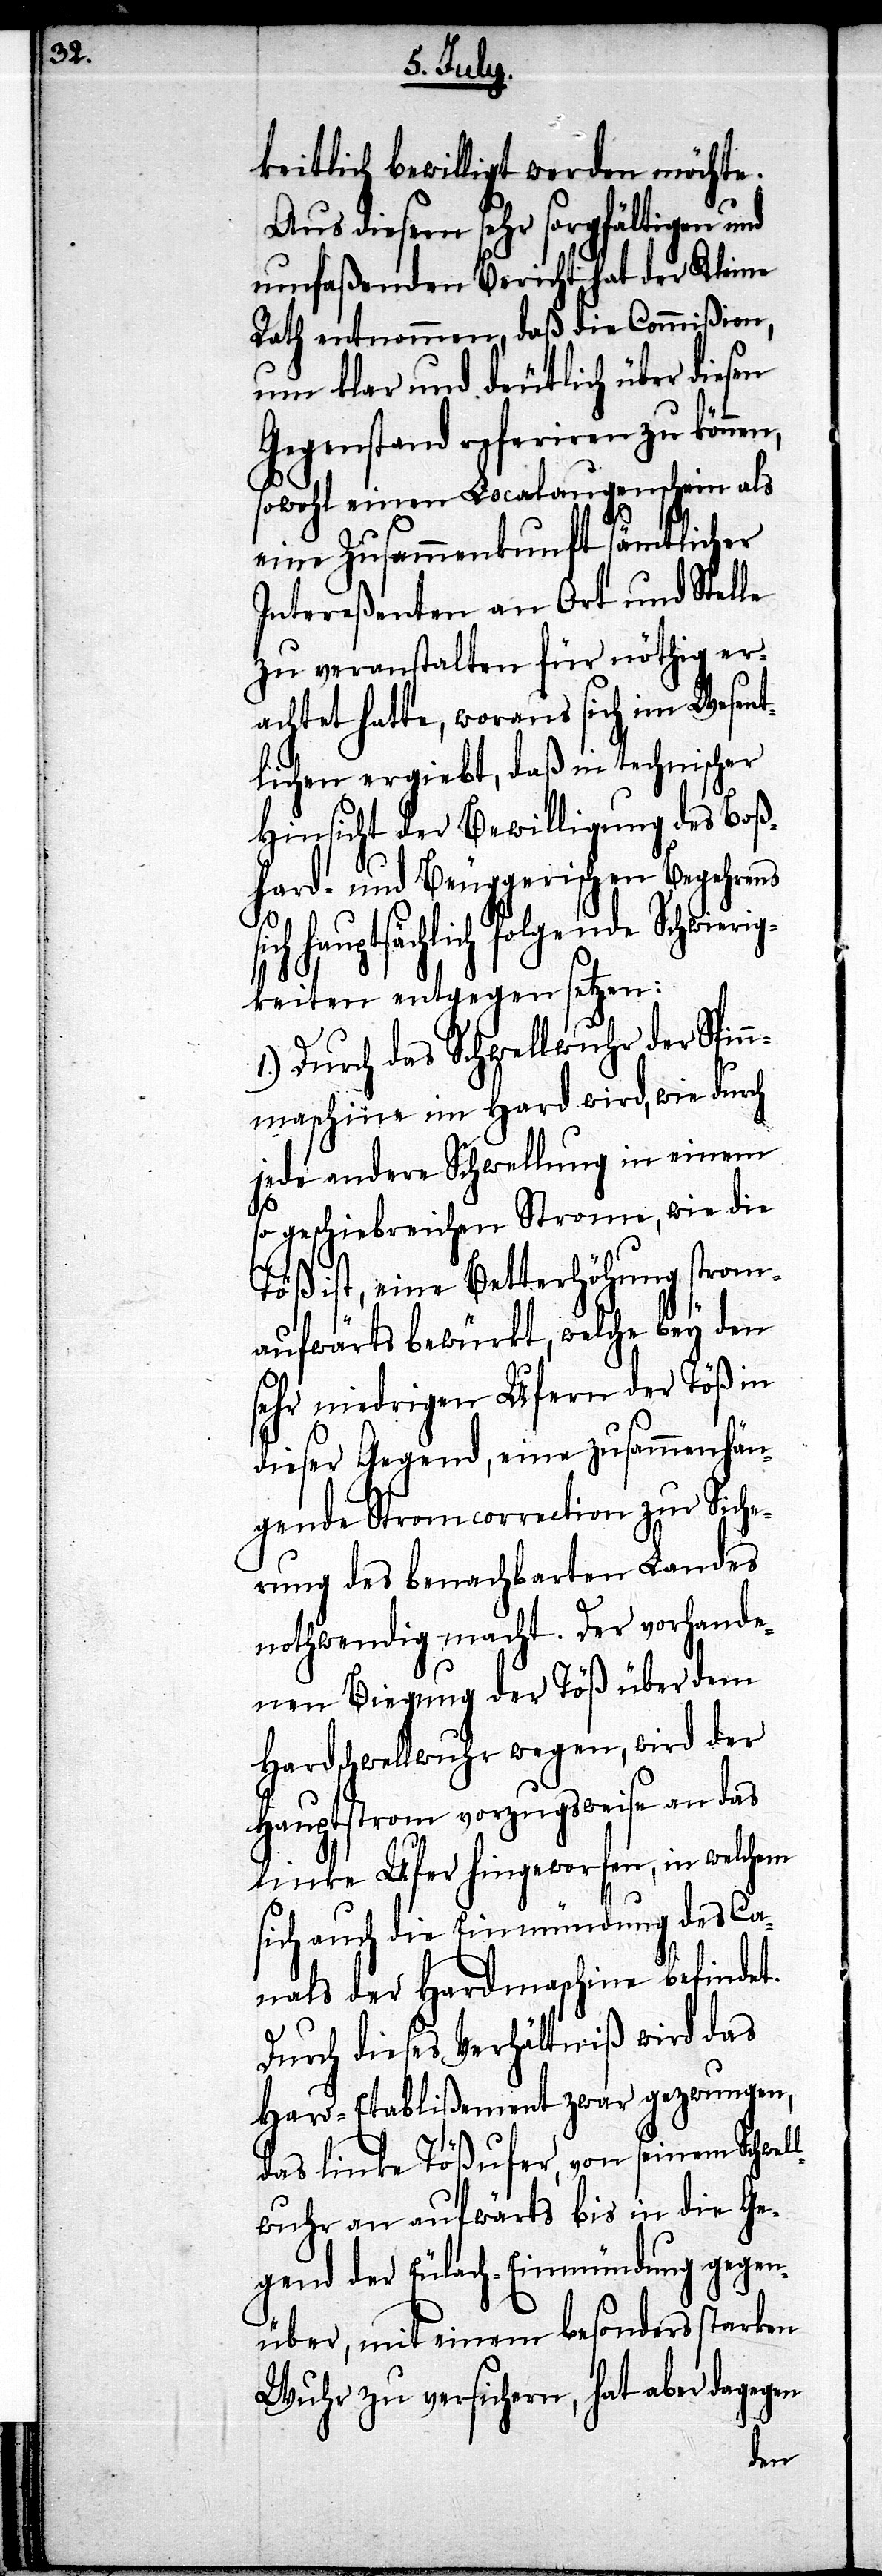
keitlich bewilligt werden möchte.
Aus diesem sehr sorgfältigen und
umfaßenden Bericht hat der Kleine
Rath entnommen, daß die Commißion,
um klar und deutlich über diesen
Gegenstand referiren zu können,
sowohl einen Localaugenschein als
eine Zusammenkunft sämtlicher
Intereßenten an Ort und Stelle
zu veranstalten für nöthig er¬
achtet hatte, woraus sich im Wesent¬
lichen ergiebt, daß in technischer
Hinsicht der Bewilligung des Boß¬
hard- und Beuggerischen Begehrens
hauptsächlich folgende Schwieri¬
gkeiten entgegen setzen:
1.) Durch das Schwellwuhr der Spin¬
nmaschine im Hard wird, wie durch
jede andere Schwellung in einem
so geschiebreichen Strome, wie die
Töß ist, eine Betterhöhung strom¬
aufwärts bewürkt, welche bey den
sehr niedrigen Ufern der Töß in
dieser Gegend, eine zusammenhän¬
gende Stromcorrection zur Siche¬
rung des benachbarten Landes
nothwendig macht. Der vorhande¬
nen Biegung der Töß über dem
Hardschwellwuhr wegen, wird der
Hauptstrom vorzugsweise an das
linke Ufer hingeworfen, in welchem
sich auch die Einmündung des Ca¬
nals der Hardmaschine befindet.
Durch dieses Verhältniß wird das
Hard-Etablißement zwar gezwungen,
das linke Tößufer, von seinem Schwel¬
lwuhr an aufwärts bis in die Ge¬
gend der Eulach-Einmündung gegen¬
über, mit einem besonders starken
Wuhr zu versichern, hat aber dagegen